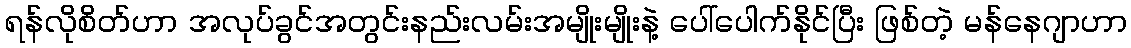
ရန်လိုစိတ်ဟာ အလုပ်ခွင်အတွင်းနည်းလမ်းအမျိုးမျိုးနဲ့ ပေါ်ပေါက်နိုင်ပြီး ဖြစ်တဲ့ မန်နေဂျာဟာ